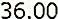
36.00